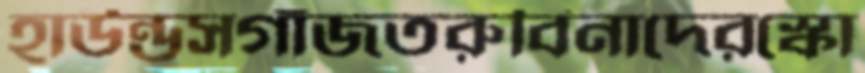
হাউন্ডসগাঁজতরুবিনাদেরস্কো